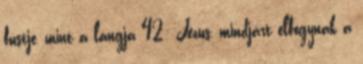
füstje, mint a lángja 42: Jézus, mindjárt elfogynak a